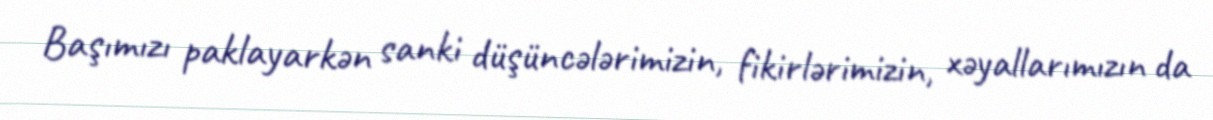
Başımızı paklayarkən sanki düşüncələrimizin, fikirlərimizin, xəyallarımızın da